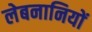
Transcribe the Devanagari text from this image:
लेबनानियों